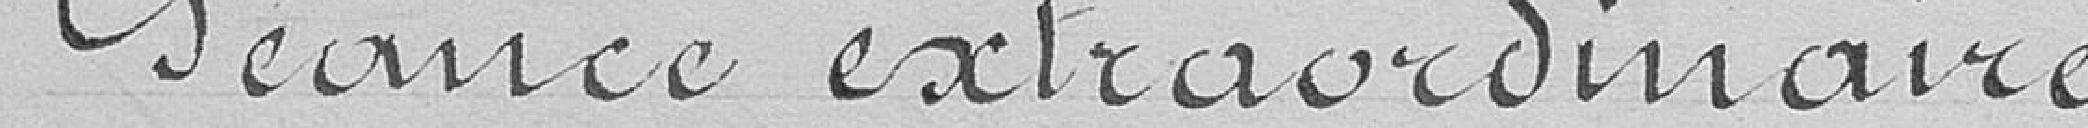
Séance extraordinaire